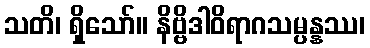
သတိ၊ ရှိသော်။ နိဗ္ဗိဒါဝိရာဂသမ္ပန္နဿ၊